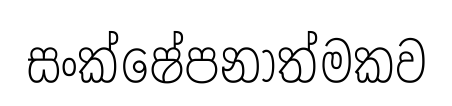
සංක්ෂේපනාත්මකව